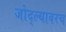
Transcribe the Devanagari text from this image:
जोद्ल्यावरच